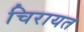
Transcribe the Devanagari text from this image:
चिरायत